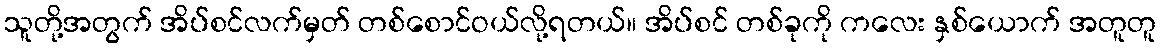
သူတို့အတွက် အိပ်စင်လက်မှတ် တစ်စောင်ဝယ်လို့ရတယ်။ အိပ်စင် တစ်ခုကို ကလေး နှစ်ယောက် အတူတူ